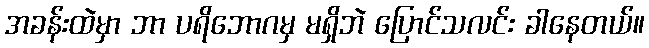
အခန်းထဲမှာ ဘာ ပရိဘောဂမှ မရှိဘဲ ပြောင်သလင်း ခါနေတယ်။